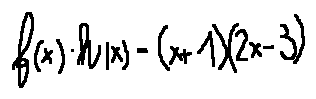
f ( x ) \cdot h ( x ) = ( x + 1 ) ( 2 x - 3 )